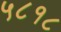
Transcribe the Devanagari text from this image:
५८१८